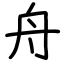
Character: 舟